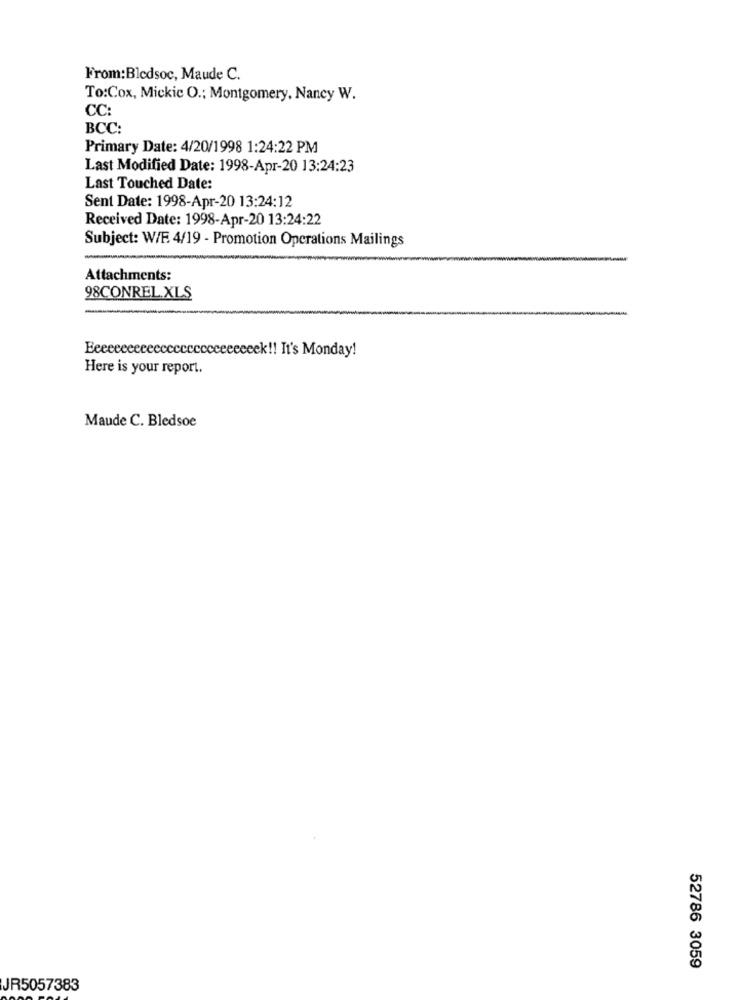
From:Bledsoc, Maude C.
To:Cox, Mickic O .; Montgomery, Nancy W.
CC:
BCC:
Primary Date: 4/20/1998 1:24:22 PM
Last Modified Date: 1998-Apr-20 13:24:23
Last Touched Date:
Sent Date: 1998-Apr-20 13:24:12
Received Date: 1998-Apr-20 13:24:22
Subject: W/F 4/19 - Promotion Operations Mailings
Attachments:
98CONREL.XLS
Eeeeeeeeeecccccccccceeeeeek !! It's Monday!
Here is your report.
Maude C. Bledsoe
52786 3059
JR5057383